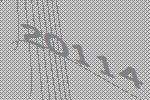
20114